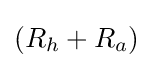
(R_{h}+R_{a})